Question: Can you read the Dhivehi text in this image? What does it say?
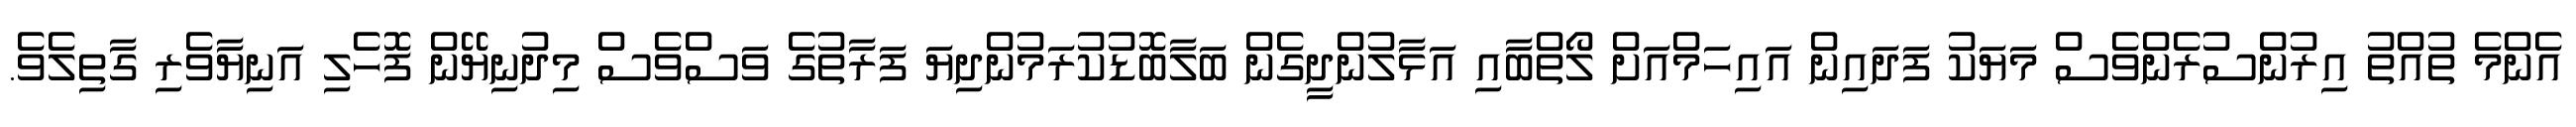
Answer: އެންމެ ތުއްތު އިރުންސުރެންވެސް މަޔަކު ފަދައިން އައިހަމްއަށް ލޯތްބާއި އަޅާލުންދީގެން ބަލާބޮޑުކުރަމުންދިޔަ ފަރާތުގެ ވަސްވެސް މިދުނިޔޭން ފޮހެލި އަނިޔާވެރި ގާތިލެވެ.